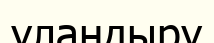
уландыру